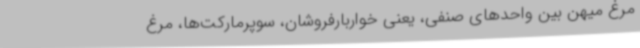
مرغ میهن بین واحدهای صنفی، یعنی خواربارفروشان، سوپرمارکت‌ها، مرغ